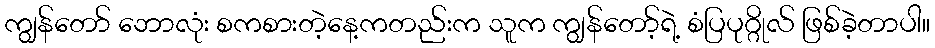
ကျွန်တော် ဘောလုံး စကစားတဲ့နေ့ကတည်းက သူက ကျွန်တော့်ရဲ့ စံပြပုဂ္ဂိုလ် ဖြစ်ခဲ့တာပါ။